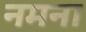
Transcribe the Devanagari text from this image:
नमना